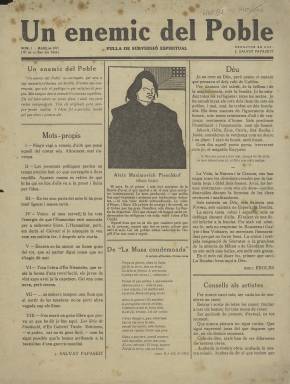
Título: Un Enemic del poble
Colección: Cultura
Ámbito geográfico: Barcelona
Lugar de publicación: Barcelona
Fechas: 01/03/1917-31/03/1917